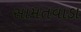
સામતવાડા